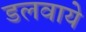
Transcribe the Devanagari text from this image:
डलवाये